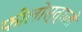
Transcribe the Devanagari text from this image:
फीलोस्त्रातो